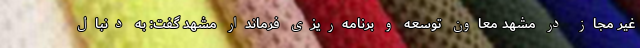
غیر مجاز در مشهد معاون توسعه و برنامه‌ریزی فرماندار مشهد گفت: به دنبال